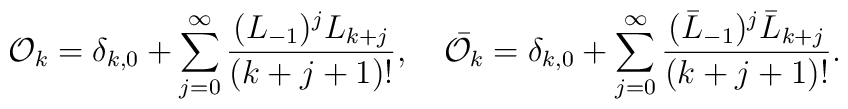
{\cal O}_k=\delta_{k,0}+\sum_{j=0}^{\infty}\frac{(L_{-1})^j L_{k+j}}{(k+j+1)!},\hspace{1em}\bar{{\cal O}_k}=\delta_{k,0}+\sum_{j=0}^{\infty}\frac{(\bar{L}_{-1})^j\bar{L}_{k+j}}{(k+j+1)!}.